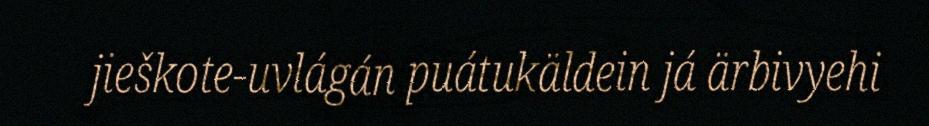
jieškote-uvlágán puátukäldein já ärbivyehi